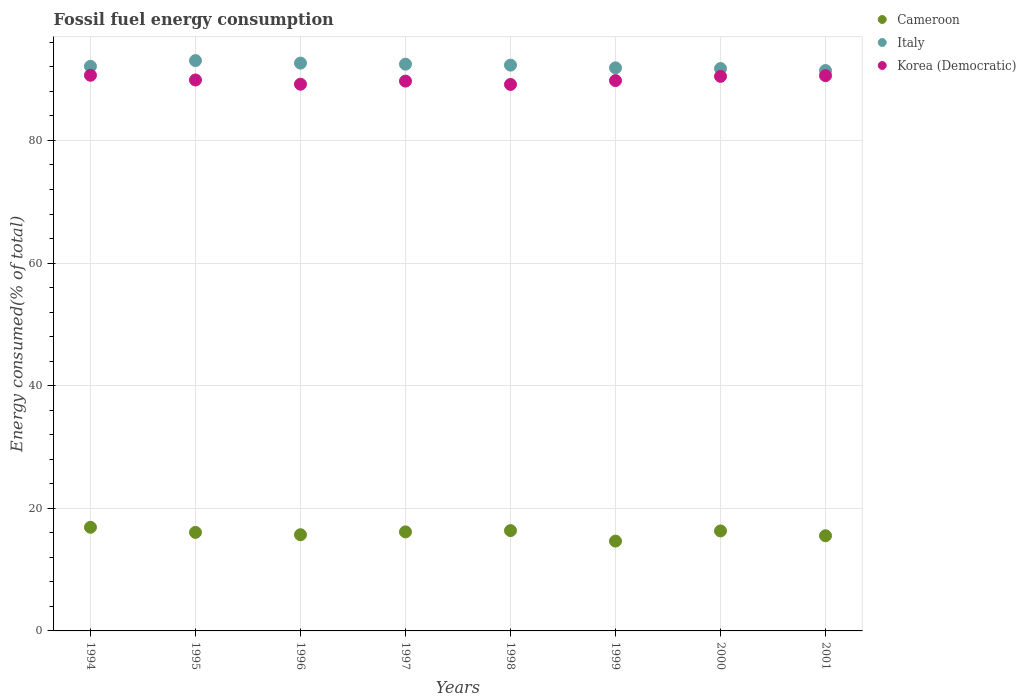
| Years | Cameroon | Italy | Korea (Democratic) |
 | --- | --- | --- | --- |
 | 1994 | 16.9 | 92.1 | 90.6 |
 | 1995 | 16.1 | 93 | 89.9 |
 | 1996 | 15.7 | 92.6 | 89.2 |
 | 1997 | 16.2 | 92.4 | 89.7 |
 | 1998 | 16.4 | 92.3 | 89.1 |
 | 1999 | 14.7 | 91.8 | 89.8 |
 | 2000 | 16.3 | 91.7 | 90.5 |
 | 2001 | 15.5 | 91.4 | 90.6 |